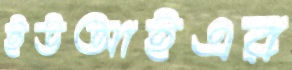
ইউআইএর